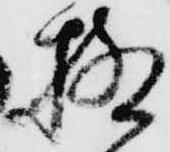
極